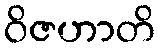
ဝိဇဟာတိ